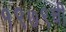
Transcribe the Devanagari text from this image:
१९७९ची